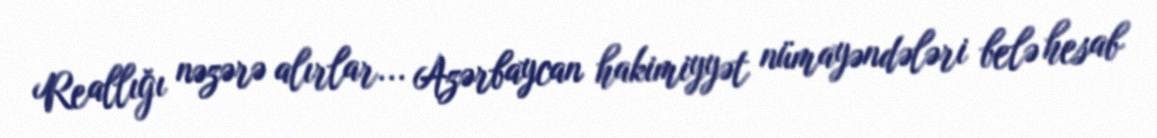
Reallığı nəzərə alırlar... Azərbaycan hakimiyyət nümayəndələri belə hesab